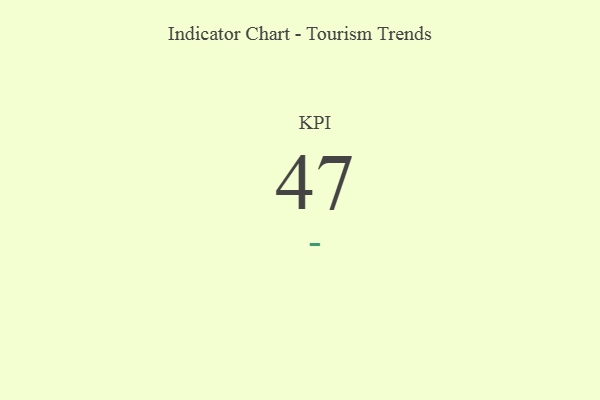
{"axis": {"x": "KPI", "y": "Value"}, "legend": [""], "data": [{"x": "KPI", "y": 47, "type": ""}]}